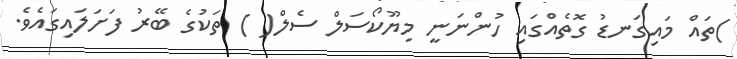
)ތައް މައިގަނޑު ގޮތެއްގައި ހުންނަނީ މިޔޫކޯސަލް ސެލް( ) ތަކުގެ ބޭރު ފަށަލައިގައެވެ.